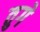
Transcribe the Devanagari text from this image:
तुगे